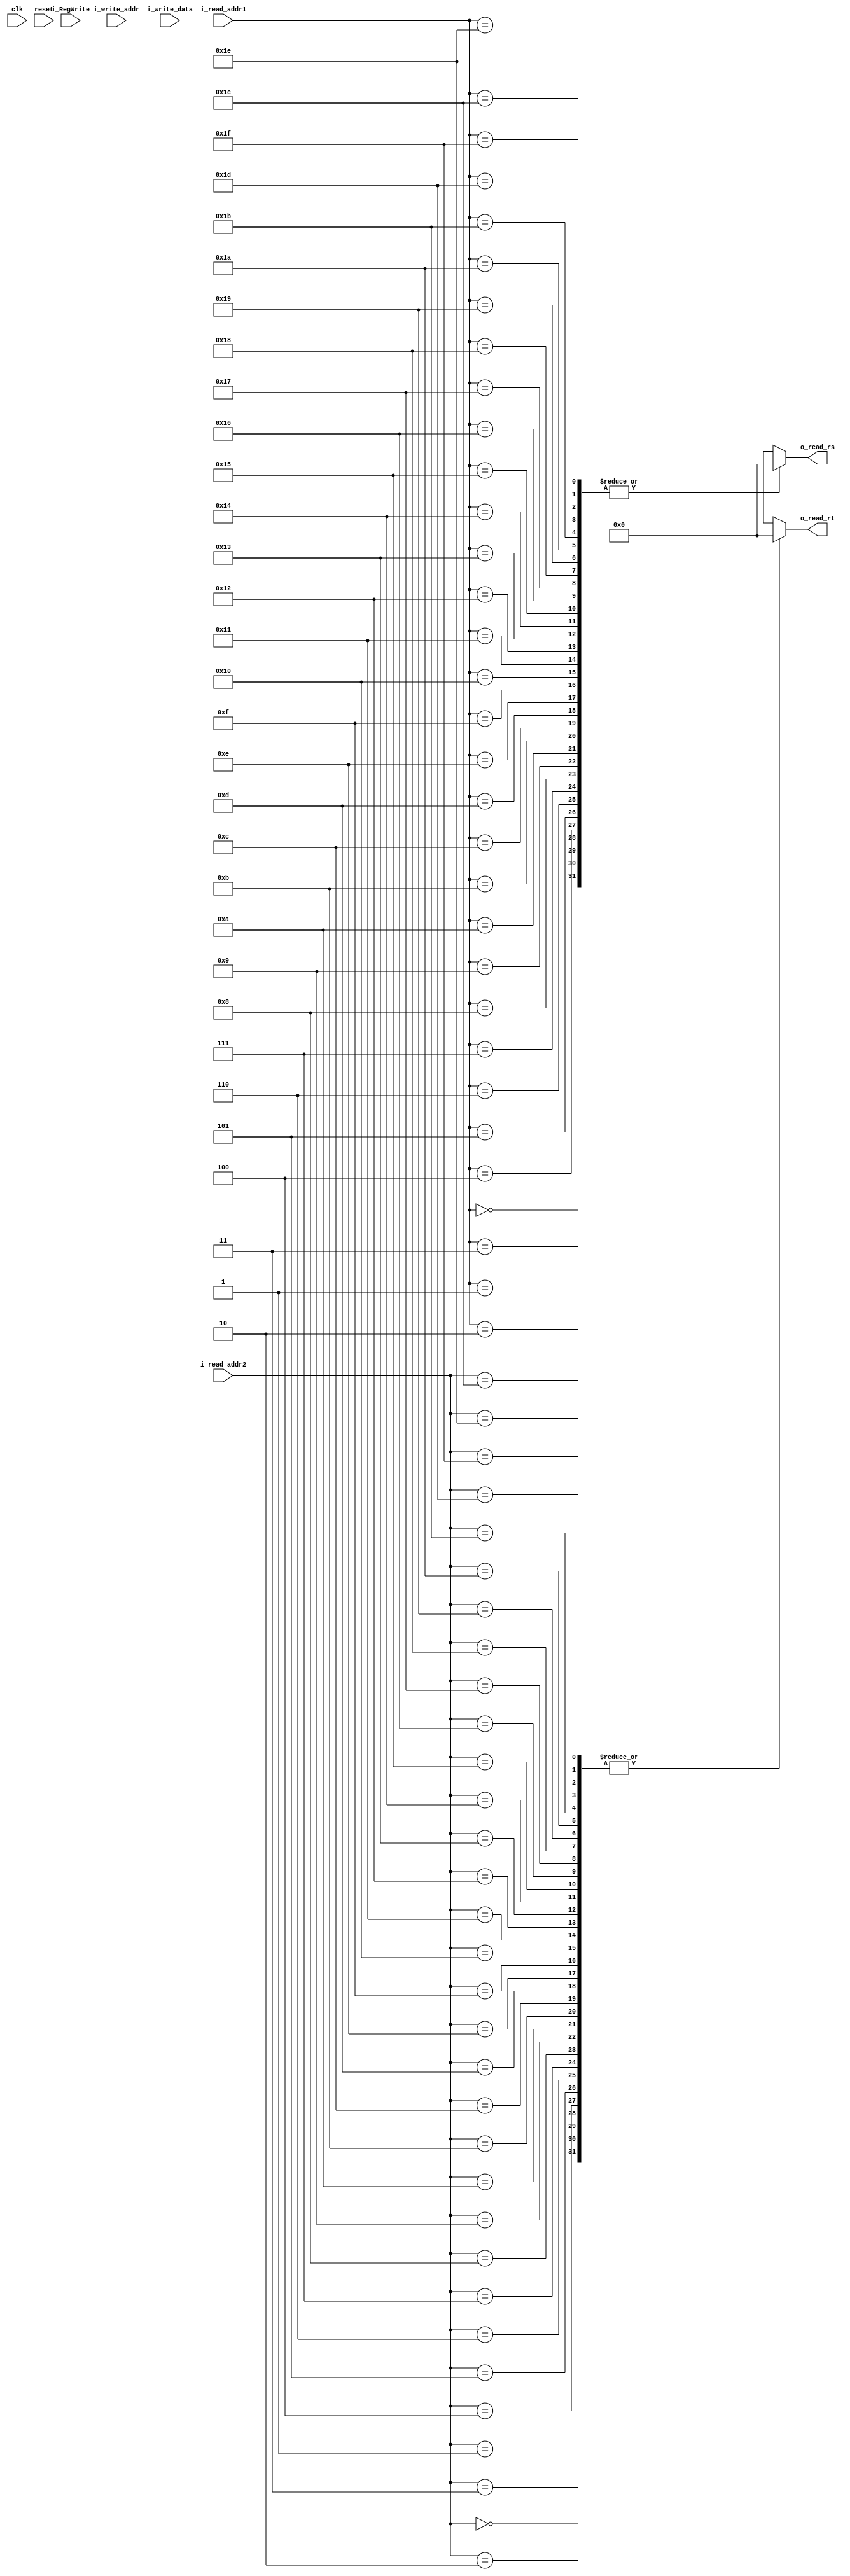
`timescale 1ns / 1ps
//////////////////////////////////////////////////////////////////////////////////
// Company: 
// Engineer: 
// 
// Design Name: 
// Module Name: register_file
// Project Name: 
// Target Devices: 
// Tool Versions: 
// Description: 
// 
// Dependencies: 
// 
// Revision:
// Revision 0.01 - File Created
// Additional Comments:
// 
//////////////////////////////////////////////////////////////////////////////////

module register_file #
                    (
                        parameter DATA_WIDTH    = 32,
                        parameter REG_ADDRESS_WIDTH = 5
                    )
                    (
                        input                           clk,
                        input                           reset,
                        input  [REG_ADDRESS_WIDTH-1:0]  i_read_addr1,
                        input  [REG_ADDRESS_WIDTH-1:0]  i_read_addr2,
                        input  [REG_ADDRESS_WIDTH-1:0]  i_write_addr,
                        input  [DATA_WIDTH-1   :0]      i_write_data,
                        input                           i_RegWrite,
                        output reg [DATA_WIDTH-1:0]     o_read_rs,
                        output reg [DATA_WIDTH-1:0]     o_read_rt
                    );

reg [DATA_WIDTH:0] reg_file [0:31];

always @(i_read_addr1 or i_read_addr2) begin
    o_read_rs <= reg_file[i_read_addr1];
    o_read_rt <= reg_file[i_read_addr2];
end

integer i;
always@(*) begin
    if(reset == 1'b1) begin
        for(i = 0; i < 32; i = i+1)
            reg_file[i] = 32'h00000000;
    end
end
always @(negedge clk) begin
    if(i_RegWrite)
        reg_file[i_write_addr] = i_write_data;
end

initial begin
    for(i = 0; i < 32; i = i+1)
        reg_file[i] = 32'h00000000;
end
endmodule  //register_file